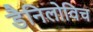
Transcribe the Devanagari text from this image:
डैनिलोविच